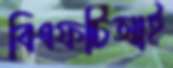
বিএফটিআই